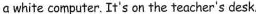
a white computer. It's on the teacher's desk.